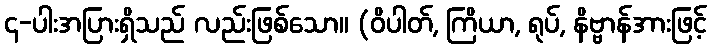
၄-ပါးအပြားရှိသည် လည်းဖြစ်သော။ (ဝိပါတ်, ကြိယာ, ရုပ်, နိဗ္ဗာန်အားဖြင့်